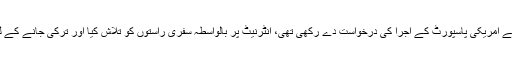
امریکی محکمہٴانصاف کے ایک بیان میں اعلان کیا گیا ہے کہ تھومس پر الزام ہے کہ اُنھوں نے امریکی پاسپورٹ کے اجرا کی درخواست دے رکھی تھی، انٹرنیٹ پر بالواسطہ سفری راستوں کو تلاش کیا اور ترکی جانے کے لیے ایک الیکٹرانک ویزا خریدا، اور ساتھ ہی ساتھ، بیرون ملک فضائی سفر کے ٹکٹ خریدے۔